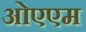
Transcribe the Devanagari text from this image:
ओएएम